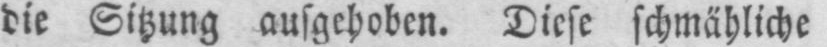
die Sitzung ausgehoben. Diese schmähliche